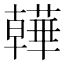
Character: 𧂽